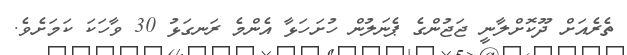
ތެރެއަށް ދޫކޮށްލާނީ ޖަޖުންގެ ޕެނަލުން ހުށަހަޅާ އެންމެ ރަނގަޅު 30 ވާހަކަ ކަމަށެވެ.